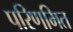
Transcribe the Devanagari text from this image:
परिणमित